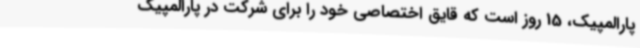
پارالمپیک، 15 روز است که قایق اختصاصی خود را برای شرکت در پارالمپیک